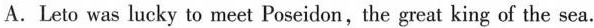
A.Leto was lucky to meet Poseidon,the great king of the sea.